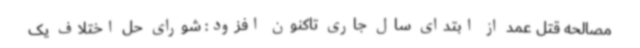
مصالحه قتل عمد از ابتدای سال جاری تاکنون افزود: شورای حل اختلاف یک